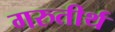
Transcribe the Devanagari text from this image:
गरुतीर्थ